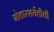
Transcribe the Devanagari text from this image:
मोटारशर्यतीची